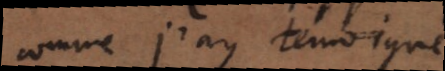
comme j’ai témoigné